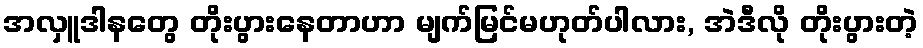
အလှူဒါနတွေ တိုးပွားနေတာဟာ မျက်မြင်မဟုတ်ပါလား, အဲဒီလို တိုးပွားတဲ့